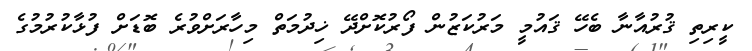
ކީރިތި ޤުރުއާނާ ބެހޭ ޤައުމީ މަރުކަޒުން ފޯރުކޮށްދޭ ޚިދުމަތް މިހާރަށްވުރެ ބޮޑަށް ފުޅާކުރުމުގެ